Punjab Mental Hospital Lahore 1932-46 - 1932-1946
Year: 1932
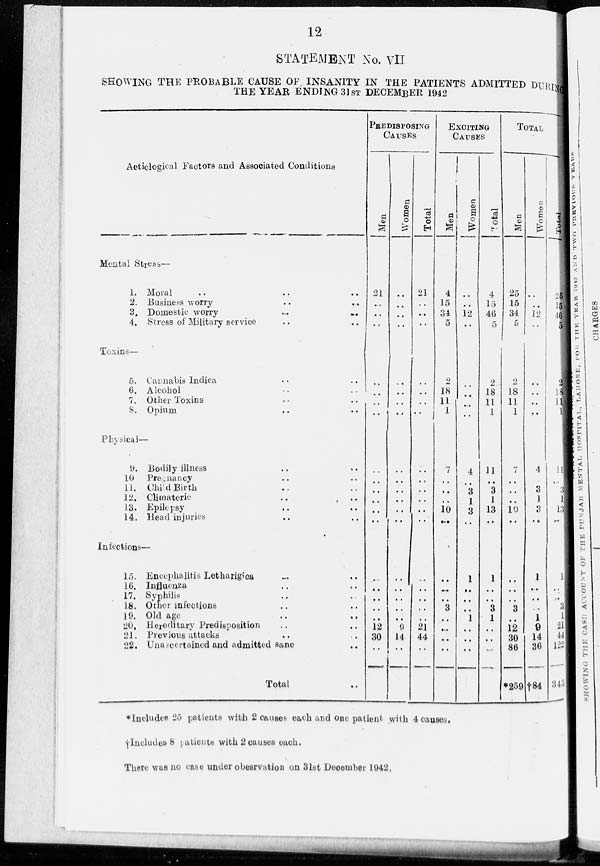
12
STATEMENT No. VII
SHOWING THE PROBABLE CAUSE OF INSANITY IN THE PATIENTS ADMITTED DURING
THE YEAR ENDING 31ST DECEMBER 1942
Aeticlogical Factors and Associated Conditions
Mental Stress—
1. Moral .. .. ..
2. Business worry .. ..
3. Domestic worry
..
..
4. Stress of Military service .. ..
Toxins—
5. Cannabis lndica .. ..
6. Alcohol .. ..
7. Other Toxins .. ..
8. Opium .. ..
Physical—
9. Bodily illness .. ..
10
Pregnancy .. ..
11. Child Birth .. ..
12. Climateric .. ..
13. Epilepsy .. ..
14. Head injuries .. ..
Infections—
15. Encephalitis Letharigica .. ..
16. Influenza .. ..
17. Syphilis .. ..
18. Other lnfections .. ..
19. Old age .. ..
20. Hereditary Predisposition .. ..
21. Previous attacks .. ..
22. Unascertained and admitted sane .. ..
Total ..
PREDISPOSING
CAUSES
Men
21
..
..
..
..
..
..
..
..
..
..
..
..
..
..
..
..
..
..
12
30
..
..
Women
..
..
..
..
..
..
..
..
..
..
..
..
..
..
..
..
..
..
..
9
14
..
..
Total
21
..
..
..
..
..
..
..
..
..
..
..
..
..
..
..
..
..
21
44
..
..
EXCITING
CAUSES
Men
4
15
34
5
2
18
11
1
7
..
..
..
10
..
..
..
..
3
..
..
..
..
..
Women
..
..
12
..
..
..
..
..
4
..
3
1
3
..
1
..
..
..
1
..
..
..
..
Total
4
15
46
5
2
18
11
1
11
..
3
1
13
..
1
..
..
3
1
..
..
..
..
TOTAL
Men
25
15
34
5
2
18
11
1
7
..
..
..
10
..
..
..
..
3
..
12
30
86
*259
Women
..
..
12
..
..
..
..
..
4
..
3
1
3
..
1
..
..
..
1
9
14
36
†84
Total
25
15
46
5
2
18
11
1
11
..
3
1
13
..
1
..
..
3
1
21
44
122
343
*Includes 25 patients with 2 causes each and one patient with 4 causes.
†Includes 8 patients with 2 causes each.
There was no case under obesrvation on 31st December 1942.